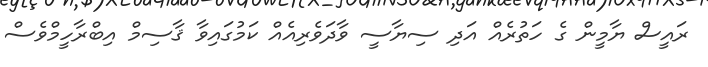
ރައީސް ޔާމީން ގެ ހަތުރެއް އަދި ސިޔާސީ ވާދަވެރިއެއް ކަމުގައިވާ ޤާސިމް އިބްރާހީމްވެސް